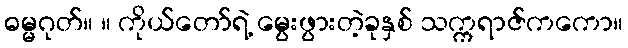
ဓမ္မဂုတ်။ ။ ကိုယ်တော်ရဲ့ မွေးဖွားတဲ့ခုနှစ် သက္ကရာဇ်ကကော။